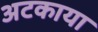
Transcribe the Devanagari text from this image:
अटकाया